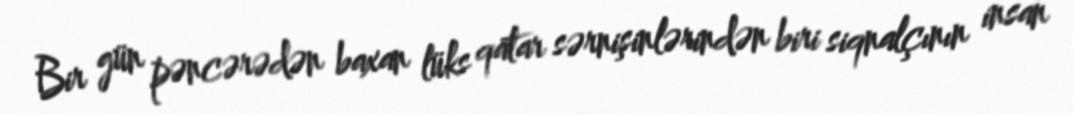
Bir gün pəncərədən baxan lüks qatar sərnişinlərindən biri siqnalçının insan